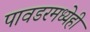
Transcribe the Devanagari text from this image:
पावडरमध्येही